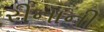
રીનાની